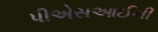
પીએસઆઈની